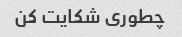
چطوری شکایت کن